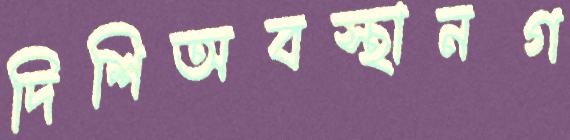
দিশিঅবস্থানগ